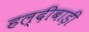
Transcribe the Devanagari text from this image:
हल्दीबाड़ी